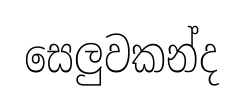
සෙලුවකන්ද